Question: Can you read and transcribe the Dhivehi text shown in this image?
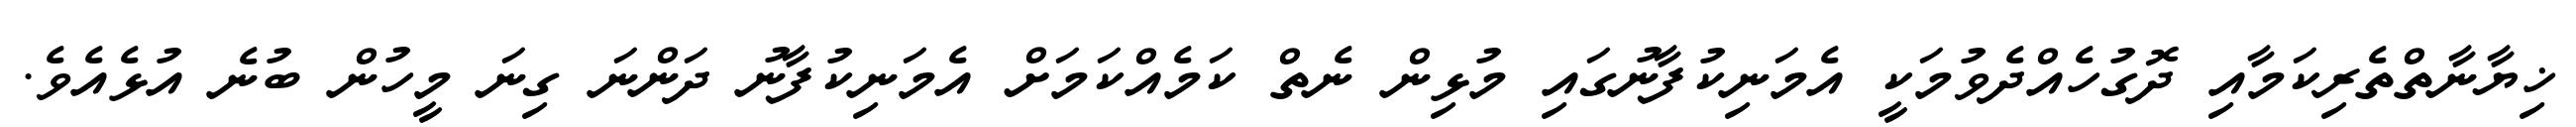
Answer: ޚިޔާނާތްތެރިކަމާއި ދޮގުހެއްދެވުމަކީ އެމަނިކުފާނުގައި މުޅިން ނެތް ކަމެއްކަމަށް އެމަނިކުފާނު ދަންނަ ގިނަ މީހުން ބުނެ އުޅެއެވެ.